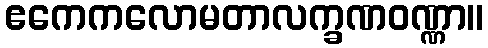
ဧကေကလောမတာလက္ခဏဝဏ္ဏာ။